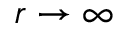
r \rightarrow \infty